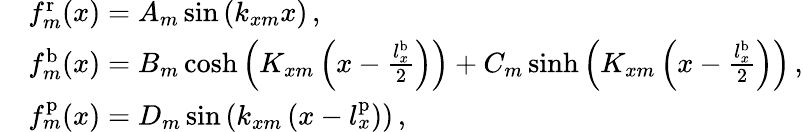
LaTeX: \begin{array}{rl}&{f_{m}^{\mathrm{r}}(x)=A_{m}\sin\left(k_{xm}x\right)\, ,}\\ &{f_{m}^{\mathrm{b}}(x)=B_{m}\cosh\left(K_{xm}\left(x-\frac{l_{x}^{\mathrm{b}}}{2}\right)\right)+C_{m}\sinh\left(K_{xm}\left(x-\frac{l_{x}^{\mathrm{b}}}{2}\right)\right)\, ,}\\ &{f_{m}^{\mathrm{p}}(x)=D_{m}\sin\left(k_{xm}\left(x-l_{x}^{\mathrm{p}}\right)\right)\, ,}\end{array}